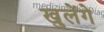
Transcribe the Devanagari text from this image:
खुलेंगे